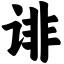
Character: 诽